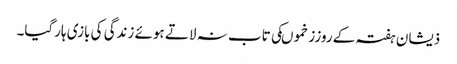
ذیشان ہفتہ کے روززخموںکی تاب نہ لاتے ہوئے زندگی کی بازی ہارگیا۔